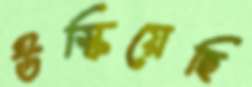
উস্‌কিয়েছি